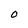
Character: O